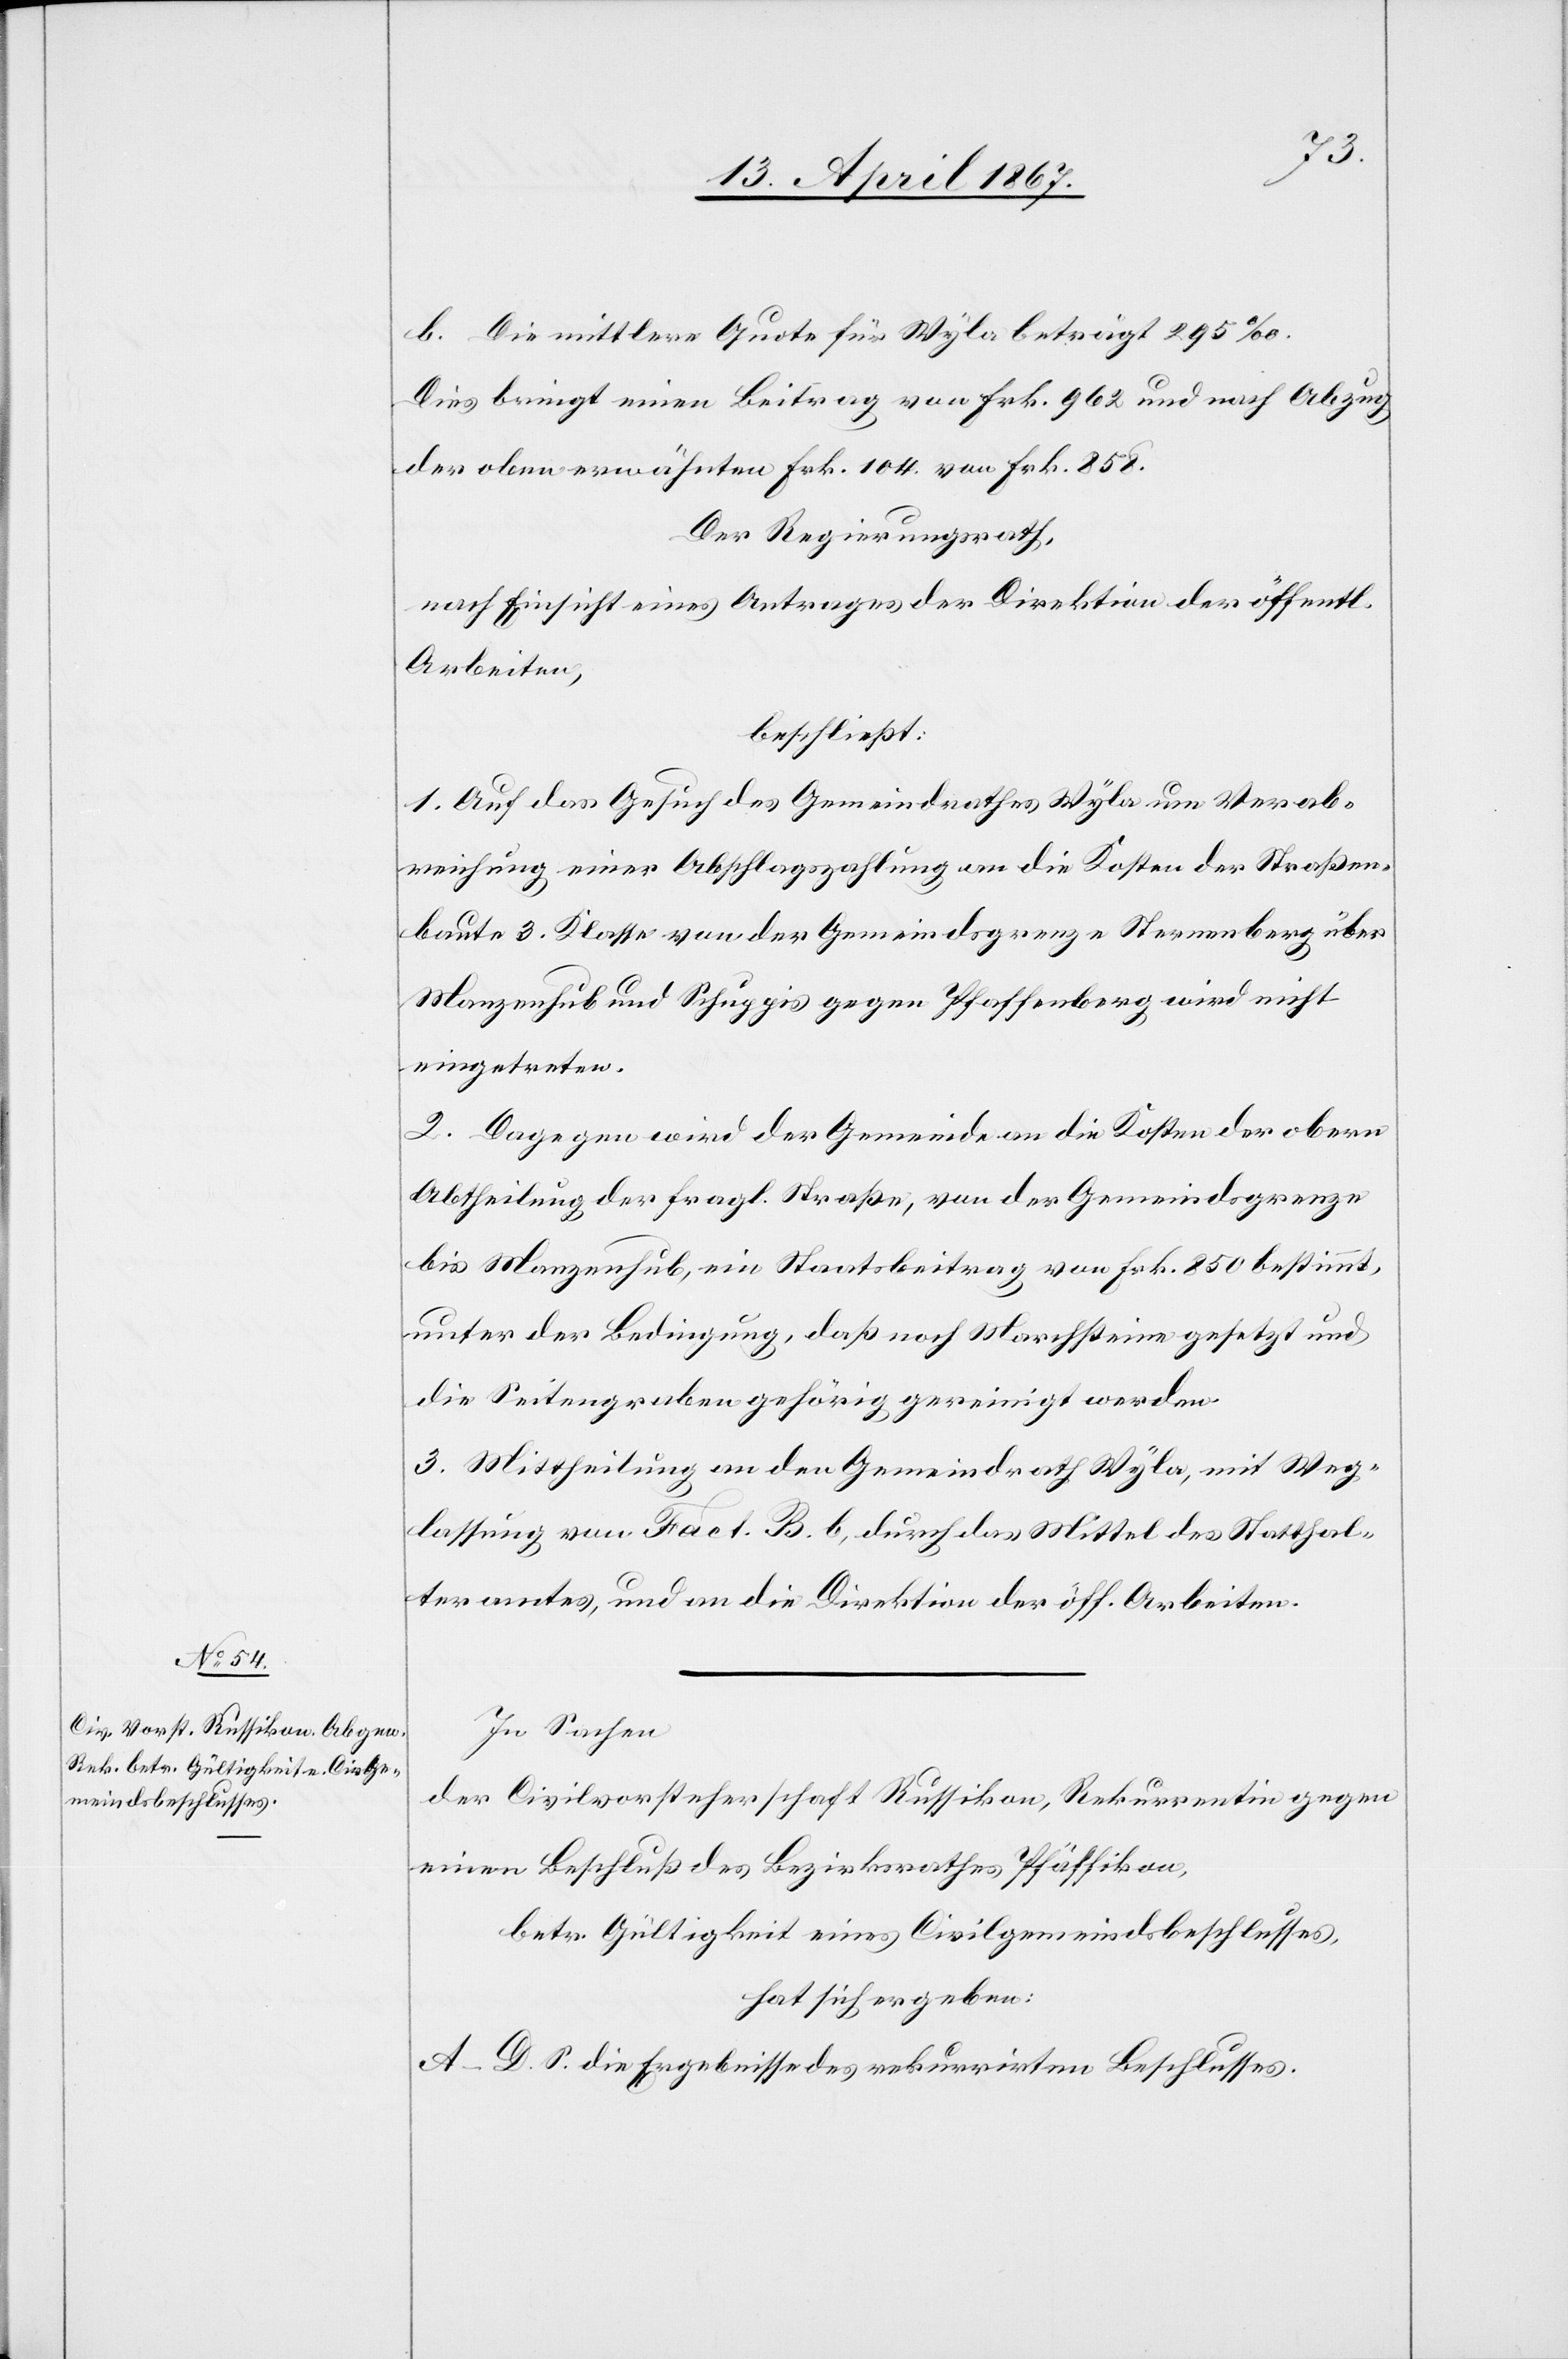
b. Die mittlere Quote für Wyla beträgt 295‰.
Dies bringt einen Beitrag von Frk. 962 und nach Abzug
der oben erwähnten Frk. 104. von Frk. 858.
Der Regierungsrath,
nach Einsicht eines Antrages der Direktion der öffentl.
Arbeiten,
beschließt:
1. Auf das Gesuch des Gemeindrathes Wyla um Verab¬
reichung einer Abschlagszahlung an die Kosten der Straßen¬
baute 3. Klasse von der Gemeindsgrenze Sternenberg über
Manzenhub und Schuppis gegen Pfaffenberg wird nicht
eingetreten.
2. Dagegen wird der Gemeinde an die Kosten der obern
Abtheilung der fragl. Straße, von der Gemeindsgrenze
bis Manzenhub, ein Staatsbeitrag von Frk. 850 bestimmt,
unter der Bedingung, daß noch Marchsteine gesetzt und
die Seitengraben gehörig gereinigt werden.
3. Mittheilung an den Gemeindrath Wyla, mit Weg¬
lassung von Fact. B. b, durch das Mittel des Statthal¬
teramtes, und an die Direktion der öff. Arbeiten.
In Sachen
der Civilvorsteherschaft Russikon, Rekurrentin gegen
einen Beschluß des Bezirksrathes Pfäffikon,
betr. Gültigkeit eines Civilgemeindsbeschlusses,
hat sich ergeben:
A–D. S. die Ergebnisse des rekurrirten Beschlusses.